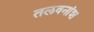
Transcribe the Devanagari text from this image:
तलवनांश